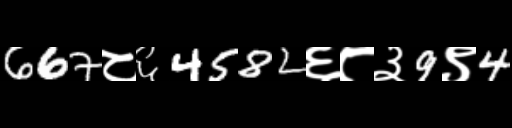
Text: 667८६4582६८३9९4